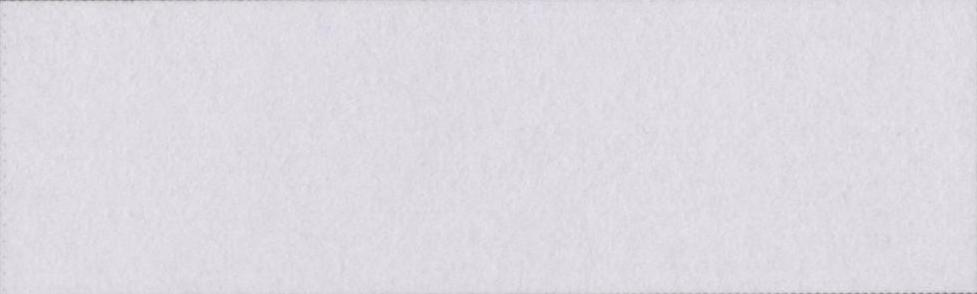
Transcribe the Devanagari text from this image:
यथासंभव